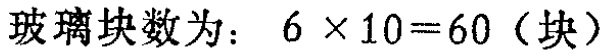
玻璃块数为：\(6\times10 = 60\)（块）